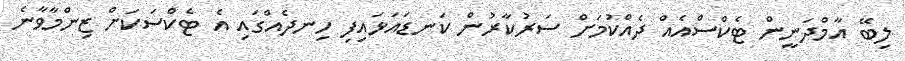
ލިބޭ އާމްދަނީން ޓެކްސްއެއް ދެއްކުމަށް ސަރުކާރުން ކަނޑައަޅައިފި ހިނދެއްގައި އެ ޓެކްސަކަށް ޒިންމާވާނެ